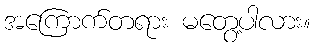
အကြောက်တရား မတွေ့ပါလား။